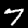
Label: 7